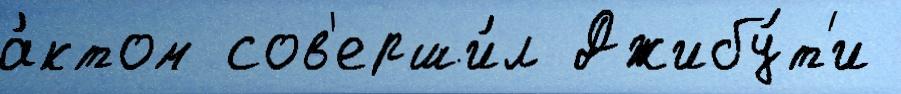
а́ктом сов'ерши́л Джибу́т'и